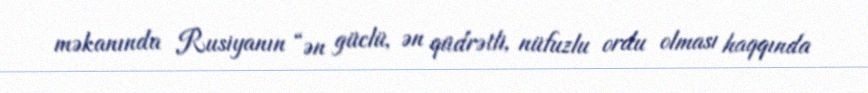
məkanında Rusiyanın “ən güclü, ən qüdrətli, nüfuzlu ordu olması haqqında